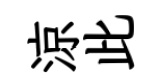
涼此